Madras plague regulations in force outside the Presidency town - Volume 6
Disease focus: Plague
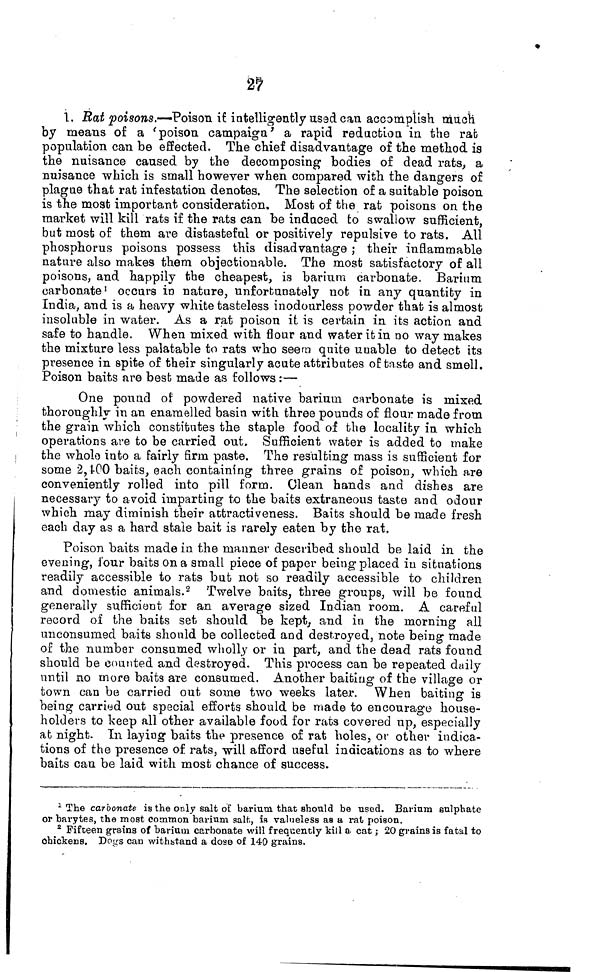
27
1. Rat poisons.—Poison if intelligently used can accomplish much
by means of a 'poison campaign' a rapid redaction in the rat
population can be effected. The chief disadvantage of the method is
the nuisance caused by the decomposing bodies of dead rats, a
nuisance which is small however when compared with the dangers of
plague that rat infestation denotes. The selection of a suitable poison
is the most important consideration. Most of the rat poisons on the
market will kill rats if the rats can be induced to swallow sufficient,
but most of them are distasteful or positively repulsive to rats. All
phosphorus poisons possess this disadvantage ; their inflammable
nature also makes them objectionable. The most satisfactory of all
poisons, and happily the cheapest, is barium carbonate. Barium
carbonate 1 occurs in nature, unfortunately not in any quantity in
India, and is a heavy white tasteless inodourless powder that is almost
insoluble in water. As a rat poison it is certain in its action and
safe to handle. When mixed with flour and water it in no way makes
the mixture less palatable to rats who seem quite unable to detect its
presence in spite of their singularly acute attributes of taste and smell.
Poison baits are best made as follows :—
One pound of powdered native barium carbonate is mixed
thoroughly in an enamelled basin with three pounds of flour made from
the grain which constitutes the staple food of the locality in which
operations are to be carried out. Sufficient water is added to make
the whole into a fairly firm paste. The resulting mass is sufficient for
some 2,400 baits, each containing three grains of poison, which are
conveniently rolled into pill form. Clean hands and dishes are
necessary to avoid imparting to the baits extraneous taste and odour
which may diminish their attractiveness. Baits should be made fresh
each day as a hard stale bait is rarely eaten by the rat,
Poison baits made in the manner described should be laid in the
evening, four baits on a small piece of paper being placed in situations
readily accessible to rats but not so readily accessible to children
and domestic animals. 2 Twelve baits, three groups, will be found
generally sufficient for an average sized Indian room. A careful
record of the baits set should be kept, and in the morning all
unconsumed baits should be collected and destroyed, note being made
of the number consumed wholly or in part, and the dead rats found
should be counted and destroyed. This process can be repeated daily
until no more baits are consumed. Another baiting of the village or
town can be carried out some two weeks later. When baiting is
being carried out special efforts should be made to encourage house-
holders to keep all other available food for rats covered up, especially
at night. In. laying baits the presence of rat holes, or other indica-
tions of the presence of rats, will afford useful indications as to where
baits can be laid with most chance of success.
1 The carbonate is the only salt of barium that should be used. Barium sulphate
or barytes, the most common barium salt, is valueless as a, rat poison.
8 Fifteen grains of barium carbonate will frequently kill a cat ; 20 grains is fatal to
chickens. Dogs can withbtand a dose of 140 grains.